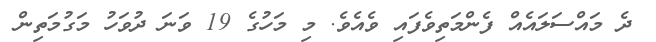
ދެ މައްސަލައެއް ފެންމަތިވެފައި ވެއެވެ. މި މަހުގެ 19 ވަނަ ދުވަހު މަގުމަތިން